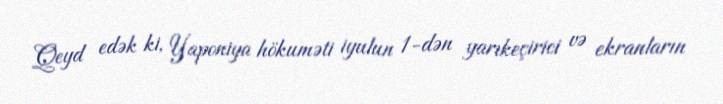
Qeyd edək ki, Yaponiya hökuməti iyulun 1-dən yarıkeçirici və ekranların